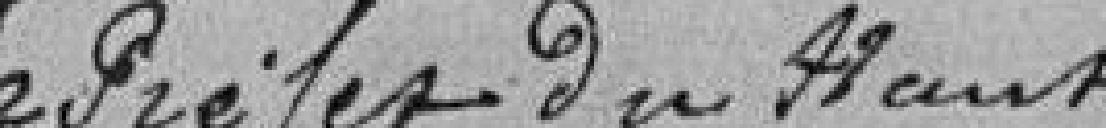
Le Préfet du Haut